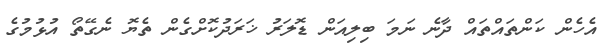
އެހެން ކަންތައްތައް ދާނެ ނަމަ ބިލިއަން ޑޮލަރު ޚަރަދުކޮށްގެން ތެޔޮ ނެގޭތޯ އުޅުމުގެ